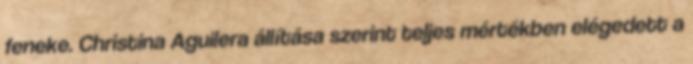
feneke. Christina Aguilera állítása szerint teljes mértékben elégedett a